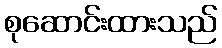
စုဆောင်းထားသည်